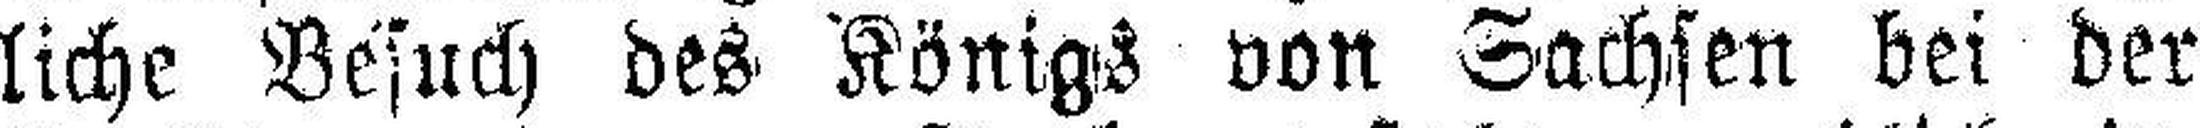
liche Besuch des Königs von Sachsen bei der